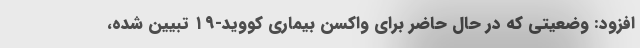
افزود: وضعیتی که در حال حاضر برای واکسن بیماری کووید-۱۹ تبیین شده،